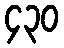
၄၃၀